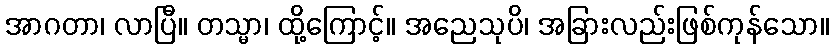
အာဂတာ၊ လာပြီ။ တသ္မာ၊ ထို့ကြောင့်။ အညေသုပိ၊ အခြားလည်းဖြစ်ကုန်သော။